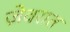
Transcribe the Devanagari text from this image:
जे़वरात